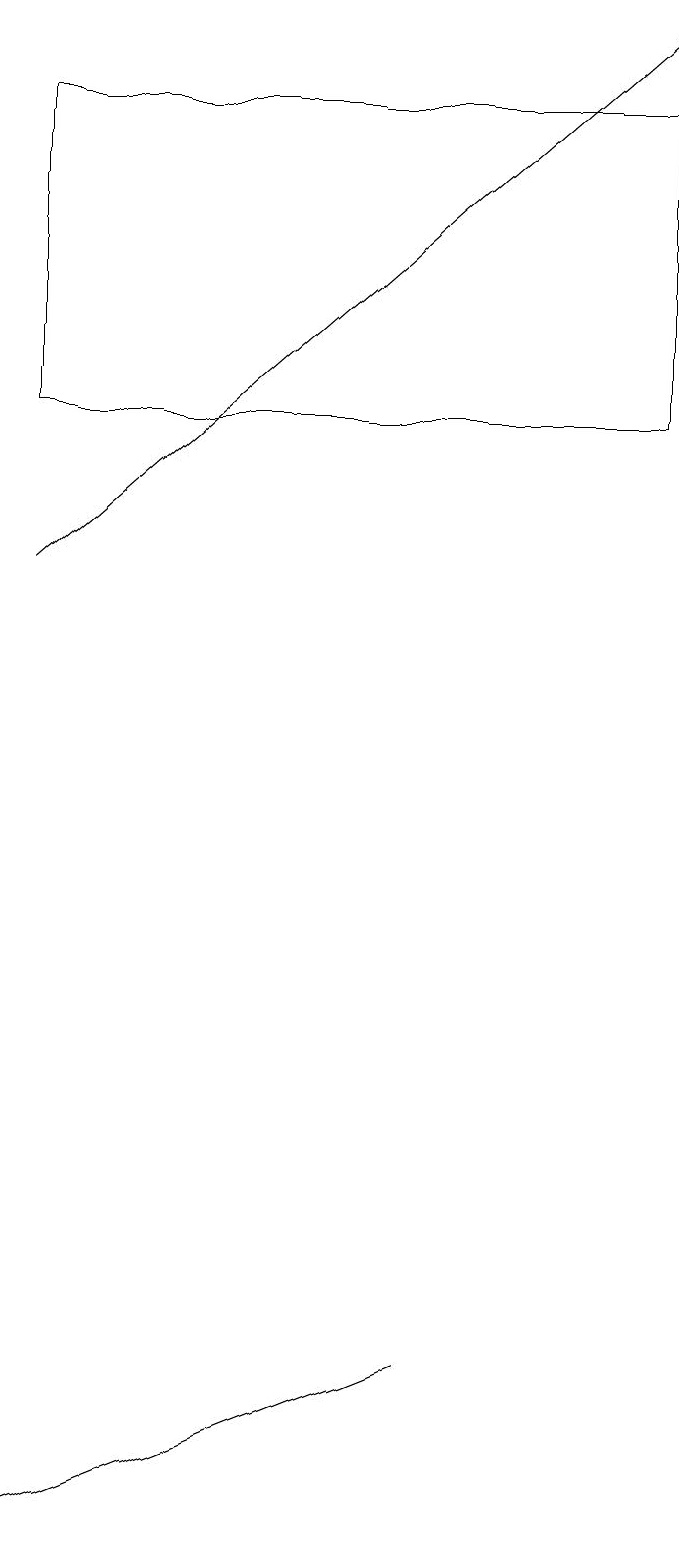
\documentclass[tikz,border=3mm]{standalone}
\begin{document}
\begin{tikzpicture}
\draw (6,2) -- (1,0) -- (1,0) -- cycle;
\draw[->] (1,12) -- (9,19);
\draw (9,14) rectangle (1,18);
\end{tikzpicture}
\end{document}